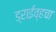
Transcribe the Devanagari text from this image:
ड्राईव्हचा